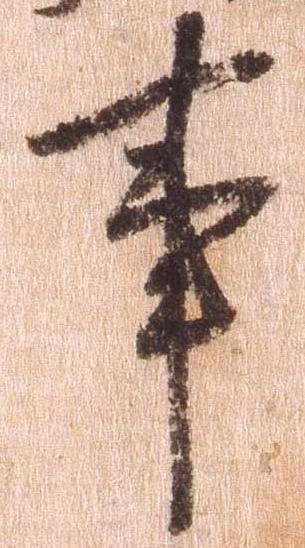
事